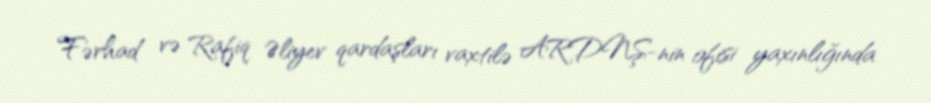
Fərhad və Rafiq Əliyev qardaşları vaxtilə ARDNŞ-nin ofisi yaxınlığında